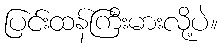
ပြင်းထန်ကြီးမားလို့ပဲ။